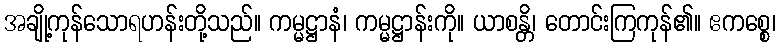
အချို့ကုန်သောရဟန်းတို့သည်။ ကမ္မဋ္ဌာနံ၊ ကမ္မဋ္ဌာန်းကို။ ယာစန္တိ၊ တောင်းကြကုန်၏။ ဧကစ္စေ၊